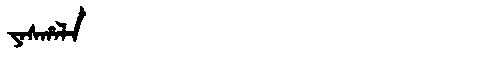
Manchu: ᠶᠠᠰᡥᠠᠯᠠ
Romanization: YASHALA